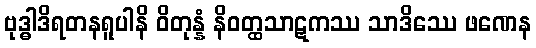
ဗုဒ္ဓါဒိရတနရူပါနိ ဝိတုန္နံ နိဝတ္ထသာဋကဿ သာဒိဿေ ဖဏေန